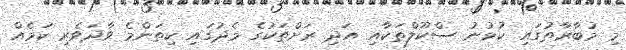
މި މުބާރާތުގައި ކުޅުނު ސްކޫލްތަކާއި އަދި ރަށްތަކުގެ މެދުގައި ކިތަންމެ ވާދަވެރި ކަމެއް